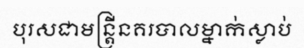
បុរសជាមន្ត្រីនគរបាលម្នាក់ស្លាប់